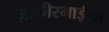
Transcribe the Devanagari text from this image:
ज़ाकीरभाईंना